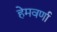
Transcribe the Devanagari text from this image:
हेमवर्णा